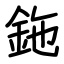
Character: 鉇